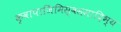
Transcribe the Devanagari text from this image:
कृवापाजिमिस्वससादिभ्य